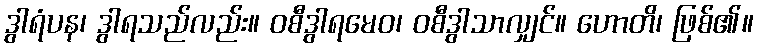
ဒွါရံပန၊ ဒွါရသည်လည်း။ ဝစီဒွါရမေဝ၊ ဝစီဒွါသာလျှင်။ ဟောတိ၊ ဖြစ်၏။